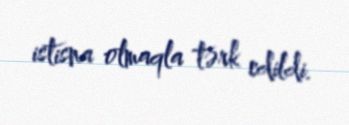
istisna olmaqla tərk edildi.